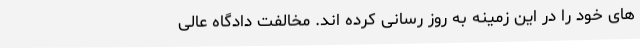
های خود را در این زمینه به روز رسانی کرده اند. مخالفت دادگاه عالی